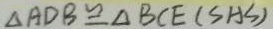
\Delta A D B \cong \Delta B C E ( S A S )